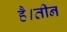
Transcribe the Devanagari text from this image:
है।तीन